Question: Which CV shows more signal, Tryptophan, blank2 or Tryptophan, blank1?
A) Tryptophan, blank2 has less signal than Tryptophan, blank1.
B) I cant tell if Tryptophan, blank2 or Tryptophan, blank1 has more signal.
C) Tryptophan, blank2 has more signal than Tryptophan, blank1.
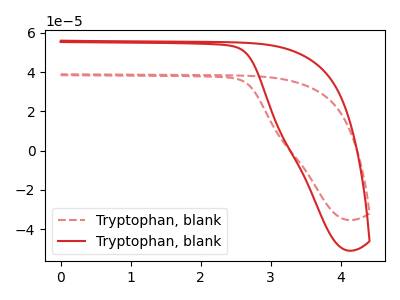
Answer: <think>The red dashed curve "Tryptophan, blank1" has no peaks. The red curve "Tryptophan, blank2" has no peaks.
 Neither "Tryptophan, blank2" or "Tryptophan, blank1" have any peaks.</think>
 <answer>B) I cant tell if "Tryptophan, blank2" or "Tryptophan, blank1" has more signal.</answer>
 <eval>B</eval>